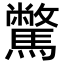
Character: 𩦉